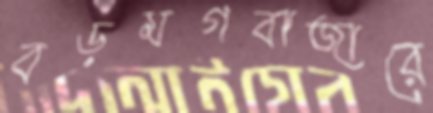
বড়মগবাজারে